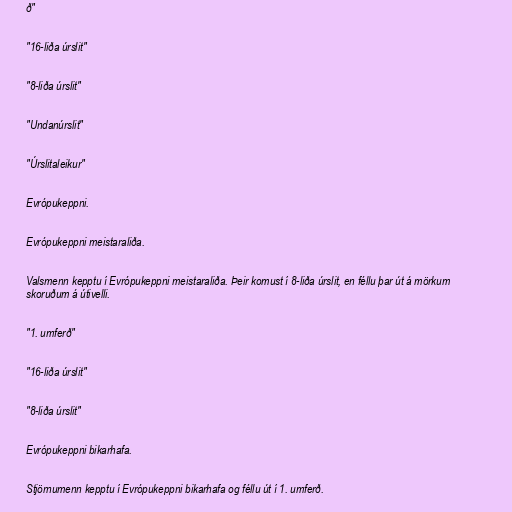
ð"

"16-liða úrslit"

"8-liða úrslit"

"Undanúrslit"

"Úrslitaleikur"

Evrópukeppni.

Evrópukeppni meistaraliða.

Valsmenn kepptu í Evrópukeppni meistaraliða. Þeir komust í 8-liða úrslit, en féllu þar út á mörkum
skoruðum á útivelli.

"1. umferð"

"16-liða úrslit"

"8-liða úrslit"

Evrópukeppni bikarhafa.

Stjörnumenn kepptu í Evrópukeppni bikarhafa og féllu út í 1. umferð.